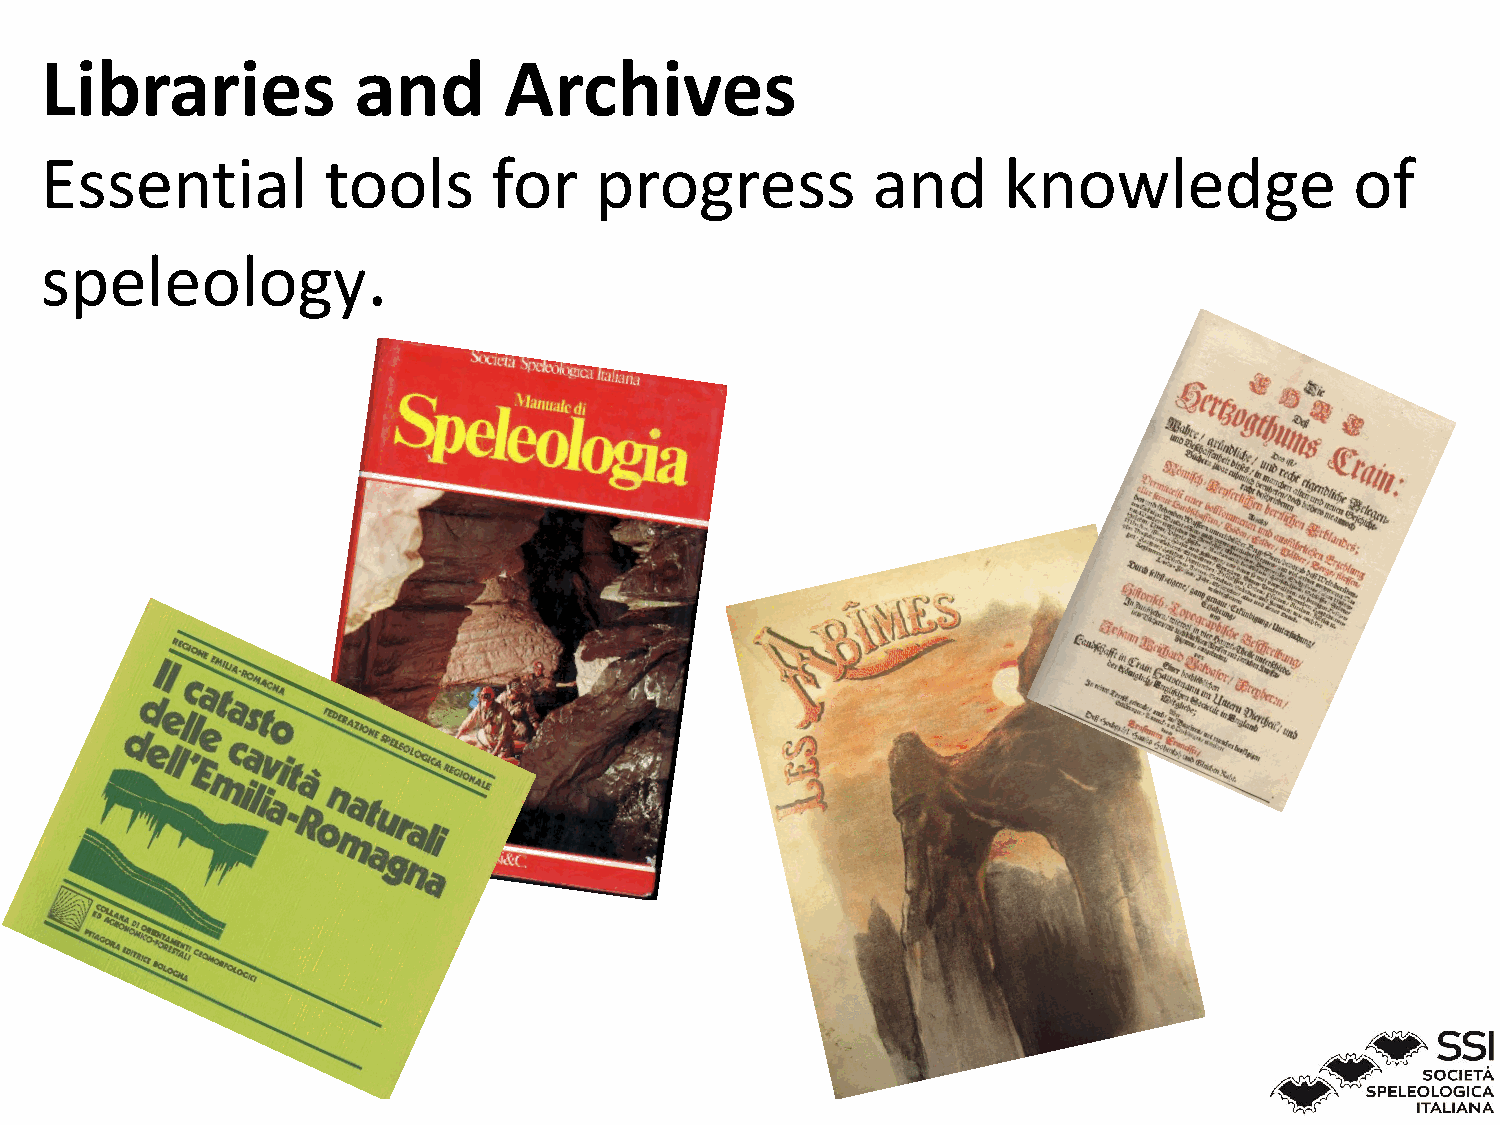
Libraries           and       Archives
 Essential         tools       for   progress           and     knowledge               of
 speleology.